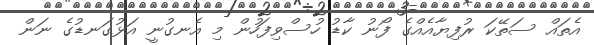
އެތައް ސަތޭކަ ރުފިޔާއެއްގެ ފޯނު ކާޑު ހުސްވިފަހުން މި އެނގުނީ އަޅުގަނޑުގެ ނަން